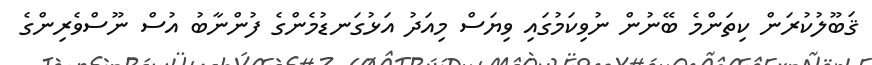
ޤަބޫލުކުރަން ކިތަންމެ ބޭނުން ނުވިކަމުގައި ވިޔަސް މިއަދު އަޅުގަނޑުމެންގެ ފުންނާބު އުސް ނޫސްވެރިންގެ